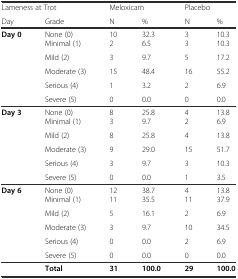
<table><thead><tr><td colspan="2"><b>Lameness at Trot</b></td><td colspan="2"><b>Meloxicam</b></td><td colspan="2"><b>Placebo</b></td></tr><tr><td><b>Day</b></td><td><b>Grade</b></td><td><b>N</b></td><td><b>%</b></td><td><b>N</b></td><td><b>%</b></td></tr></thead><tbody><tr><td rowspan="6"><b>Day 0</b></td><td>None (0)</td><td>10</td><td>32.3</td><td>3</td><td>10.3</td></tr><tr><td>Minimal (1)</td><td>2</td><td>6.5</td><td>3</td><td>10.3</td></tr><tr><td>Mild (2)</td><td>3</td><td>9.7</td><td>5</td><td>17.2</td></tr><tr><td>Moderate (3)</td><td>15</td><td>48.4</td><td>16</td><td>55.2</td></tr><tr><td>Serious (4)</td><td>1</td><td>3.2</td><td>2</td><td>6.9</td></tr><tr><td>Severe (5)</td><td>0</td><td>0.0</td><td>0</td><td>0.0</td></tr><tr><td rowspan="6"><b>Day 3</b></td><td>None (0)</td><td>8</td><td>25.8</td><td>4</td><td>13.8</td></tr><tr><td>Minimal (1)</td><td>3</td><td>9.7</td><td>2</td><td>6.9</td></tr><tr><td>Mild (2)</td><td>8</td><td>25.8</td><td>4</td><td>13.8</td></tr><tr><td>Moderate (3)</td><td>9</td><td>29.0</td><td>15</td><td>51.7</td></tr><tr><td>Serious (4)</td><td>3</td><td>9.7</td><td>3</td><td>10.3</td></tr><tr><td>Severe (5)</td><td>0</td><td>0.0</td><td>1</td><td>3.5</td></tr><tr><td rowspan="6"><b>Day 6</b></td><td>None (0)</td><td>12</td><td>38.7</td><td>4</td><td>13.8</td></tr><tr><td>Minimal (1)</td><td>11</td><td>35.5</td><td>11</td><td>37.9</td></tr><tr><td>Mild (2)</td><td>5</td><td>16.1</td><td>2</td><td>6.9</td></tr><tr><td>Moderate (3)</td><td>3</td><td>9.7</td><td>10</td><td>34.5</td></tr><tr><td>Serious (4)</td><td>0</td><td>0.0</td><td>2</td><td>6.9</td></tr><tr><td>Severe (5)</td><td>0</td><td>0.0</td><td>0</td><td>0.0</td></tr><tr><td></td><td><b>Total</b></td><td><b>31</b></td><td><b>100.0</b></td><td><b>29</b></td><td><b>100.0</b></td></tr></tbody></table>